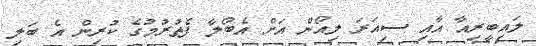
ލައިބީރިއާ އާއި ސިއަރަ ލިއޯން އަށް އެބޯލާ ފެތުރުމުގެ ކުރިން އެ ބަލި